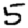
Digit: 5